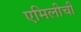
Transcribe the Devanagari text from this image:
एमिलीची